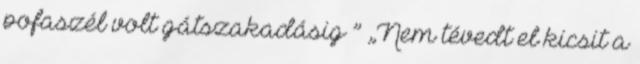
pofaszél volt gátszakadásig ” „Nem tévedt el kicsit a